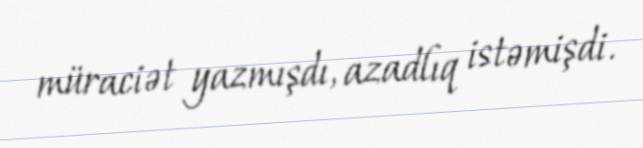
müraciət yazmışdı, azadlıq istəmişdi.